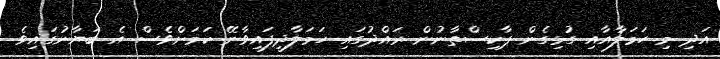
އަދި މި ހަމަލާއާއި ގުޅިގެން ޕާކިސްތާނުން ރައްދުގައި ހަމަލާދީފައިވާނޭ ކަމަށްވެސް އެ ބަޔާނުގައިވެ